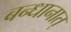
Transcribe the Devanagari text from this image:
बन्धानात्